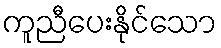
ကူညီပေးနိုင်သော